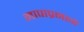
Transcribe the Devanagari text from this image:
मापाप्रमाणे